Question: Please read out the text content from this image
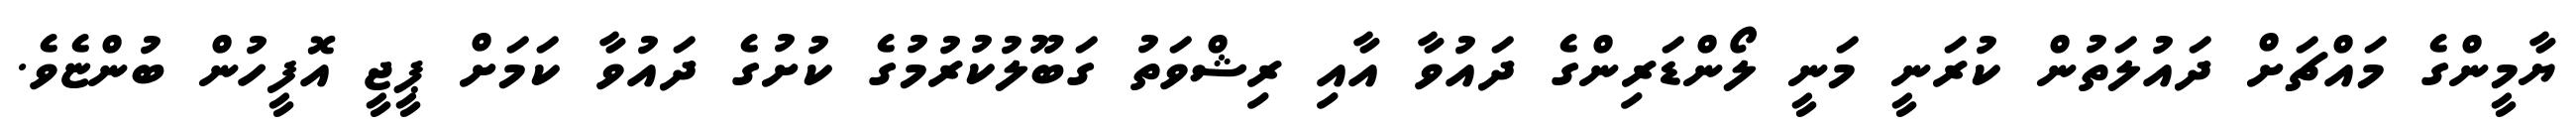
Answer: ޔާމީންގެ މައްޗަށް ދައުލަތުން ކުރަނީ މަނީ ލޯންޑަރިންގެ ދައުވާ އާއި ރިޝްވަތު ގަބޫލުކުރުމުގެ ކުށުގެ ދައުވާ ކަމަށް ޕީޖީ އޮފީހުން ބުންޏެވެ.